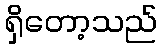
ရှိတော့သည်